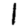
Digit: 1